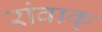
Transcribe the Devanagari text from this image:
रांवाक्